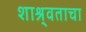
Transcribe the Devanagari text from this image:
शाश्र्वताचा